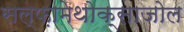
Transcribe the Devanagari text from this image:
सल्‍फ़ामेथोक्‍साजोल